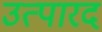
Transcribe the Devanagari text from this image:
उत्पारद